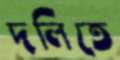
দলিতে